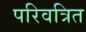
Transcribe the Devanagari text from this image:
परिवत्रित